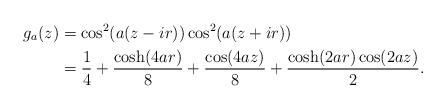
LaTeX: \begin{align*}g_a(z) & = \cos^2(a(z-ir))\cos^2(a(z+ir)) \\& = \frac{1}{4} + \frac{\cosh(4ar)}{8} + \frac{\cos(4az)}{8} + \frac{\cosh(2ar)\cos(2az)}{2}.\end{align*}